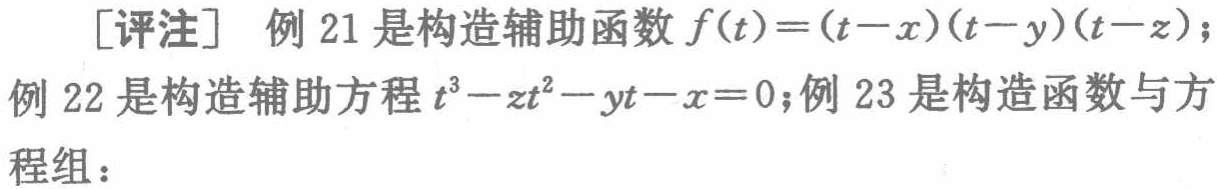
[评注] 例 21 是构造辅助函数 \(f(t)=(t - x)(t - y)(t - z)\);
例 22 是构造辅助方程 \(t^{3}-zt^{2}-yt - x = 0\); 例 23 是构造函数与方程组：